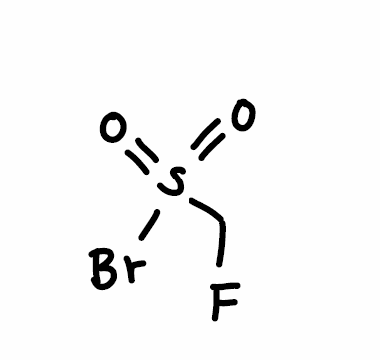
Simplified molecular-input line-entry system (SMILES) notation of the given molecule:
C(F)S(=O)(=O)Br